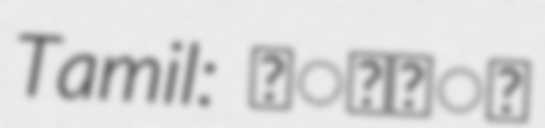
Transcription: Tamil: காலி